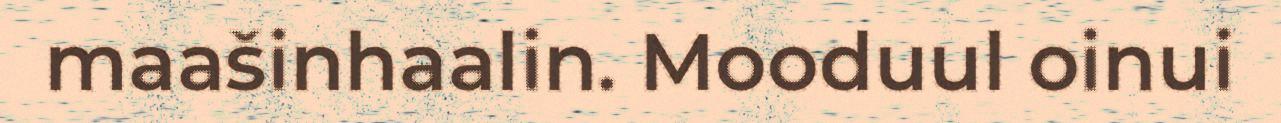
maašinhaalin. Mooduul oinui